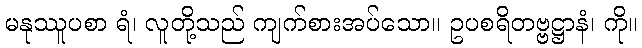
မနုဿူပစာ ရံ၊ လူတို့သည် ကျက်စားအပ်သော။ ဥပစရိတဗ္ဗဋ္ဌာနံ၊ ကို။